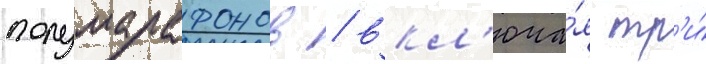
полумарафонов / вкл'юча́я тр'и́